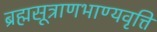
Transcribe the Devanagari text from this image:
ब्रह्मसूत्राणभाण्यवृत्ति